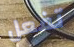
تفعل